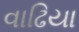
વાઢિયા